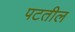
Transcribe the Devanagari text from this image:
पटतील